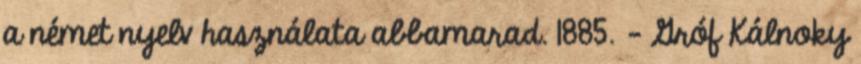
a német nyelv használata abbamarad. 1885. – Gróf Kálnoky